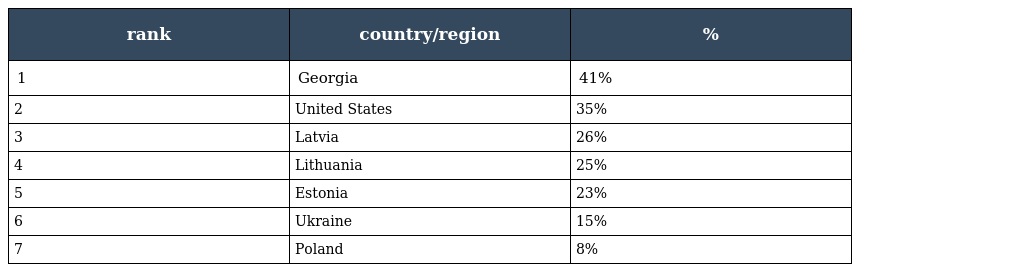
| rank | country/region | % |
 | --- | --- | --- |
 | 1 | Georgia | 41% |
 | 2 | United States | 35% |
 | 3 | Latvia | 26% |
 | 4 | Lithuania | 25% |
 | 5 | Estonia | 23% |
 | 6 | Ukraine | 15% |
 | 7 | Poland | 8% |